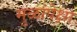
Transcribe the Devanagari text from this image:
मुळांपेक्षा